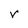
Character: v